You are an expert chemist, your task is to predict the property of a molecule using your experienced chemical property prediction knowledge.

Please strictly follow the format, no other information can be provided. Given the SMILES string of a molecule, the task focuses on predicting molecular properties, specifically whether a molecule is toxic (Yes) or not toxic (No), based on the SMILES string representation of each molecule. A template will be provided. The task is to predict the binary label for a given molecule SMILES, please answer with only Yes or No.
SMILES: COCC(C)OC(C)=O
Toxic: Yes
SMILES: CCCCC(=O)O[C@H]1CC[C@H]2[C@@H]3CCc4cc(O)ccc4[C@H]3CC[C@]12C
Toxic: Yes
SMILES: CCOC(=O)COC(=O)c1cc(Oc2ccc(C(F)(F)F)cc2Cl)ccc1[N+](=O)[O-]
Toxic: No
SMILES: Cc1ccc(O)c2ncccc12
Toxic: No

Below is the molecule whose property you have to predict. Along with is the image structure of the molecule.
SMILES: CCCCc1oc2ccc(NS(C)(=O)=O)cc2c1C(=O)c1ccc(OCCCN(CCCC)CCCC)cc1
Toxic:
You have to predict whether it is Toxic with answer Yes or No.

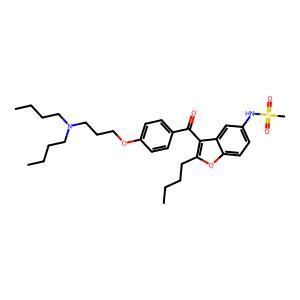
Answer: No